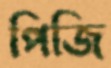
পিজি